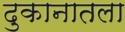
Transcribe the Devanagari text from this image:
दुकानातला